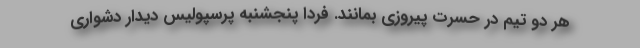
هر دو تیم در حسرت پیروزی بمانند. فردا پنجشنبه پرسپولیس دیدار دشواری